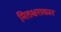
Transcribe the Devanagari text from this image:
मितक्षराकार